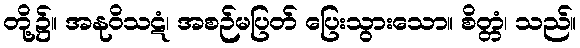
တို့၌။ အနုဝိသဋံ၊ အစဉ်မပြတ် ပြေးသွားသော။ စိတ္တံ၊ သည်။